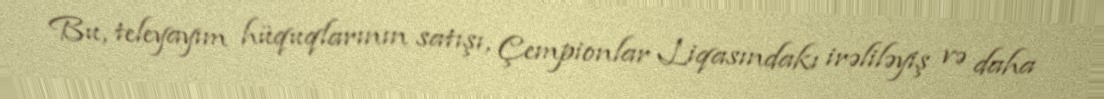
Bu, teleyayım hüquqlarının satışı, Çempionlar Liqasındakı irəliləyiş və daha